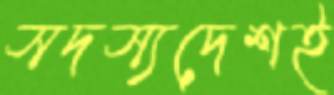
সদস্যদেশই